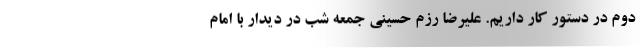
دوم در دستور کار داریم. علیرضا رزم حسینی جمعه شب در دیدار با امام